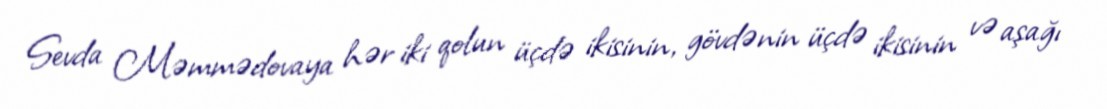
Sevda Məmmədovaya hər iki qolun üçdə ikisinin, gövdənin üçdə ikisinin və aşağı